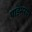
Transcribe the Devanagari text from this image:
पाडंमरण